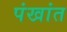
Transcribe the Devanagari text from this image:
पंखांत